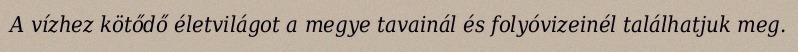
A vízhez kötődő életvilágot a megye tavainál és folyóvizeinél találhatjuk meg.